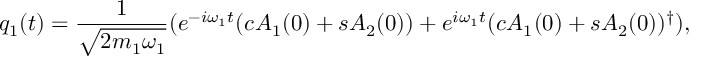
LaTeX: q _ { 1 } ( t ) = \frac { 1 } { \sqrt { 2 m _ { 1 } \omega _ { 1 } } } ( e ^ { - i \omega _ { 1 } t } ( c A _ { 1 } ( 0 ) + s A _ { 2 } ( 0 ) ) + e ^ { i \omega _ { 1 } t } ( c A _ { 1 } ( 0 ) + s A _ { 2 } ( 0 ) ) ^ { \dag } ) ,